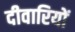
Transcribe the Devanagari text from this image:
दीवारियों